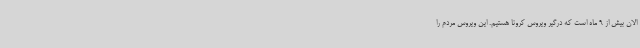
الان بیش از 9 ماه است که درگیر ویروس کرونا هستیم. این ویروس مردم را